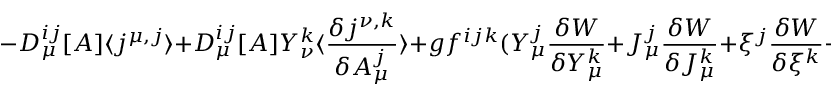
- D _ { \mu } ^ { i j } [ A ] \langle j ^ { \mu , j } \rangle + D _ { \mu } ^ { i j } [ A ] Y _ { \nu } ^ { k } \langle \frac { \delta j ^ { \nu , k } } { \delta A _ { \mu } ^ { j } } \rangle + g f ^ { i j k } ( Y _ { \mu } ^ { j } \frac { \delta W } { \delta Y _ { \mu } ^ { k } } + J _ { \mu } ^ { j } \frac { \delta W } { \delta J _ { \mu } ^ { k } } + \xi ^ { j } \frac { \delta W } { \delta \xi ^ { k } } + \overline { { { \xi } } } ^ { j } \frac { \delta W } { \delta \overline { { { \xi } } } ^ { k } } ) = 0 .